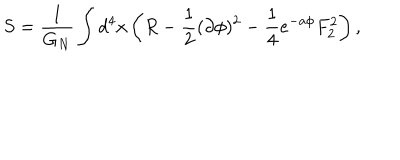
LaTeX: S = { \frac { 1 } { G _ { N } } } \int d ^ { 4 } x \left( R - { \frac { 1 } { 2 } } ( \partial \phi ) ^ { 2 } - { \frac { 1 } { 4 } } e ^ { - a \phi } F _ { 2 } ^ { 2 } \right) ,